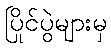
ပြိုင်ပွဲများမှ